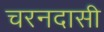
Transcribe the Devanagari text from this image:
चरनदासी